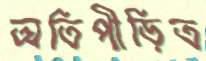
অতিপীড়িত